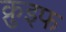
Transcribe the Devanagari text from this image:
क्रुइफ